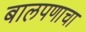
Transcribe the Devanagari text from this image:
बालपणाचा